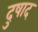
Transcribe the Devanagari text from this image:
दुषाद